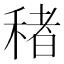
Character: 𮃔